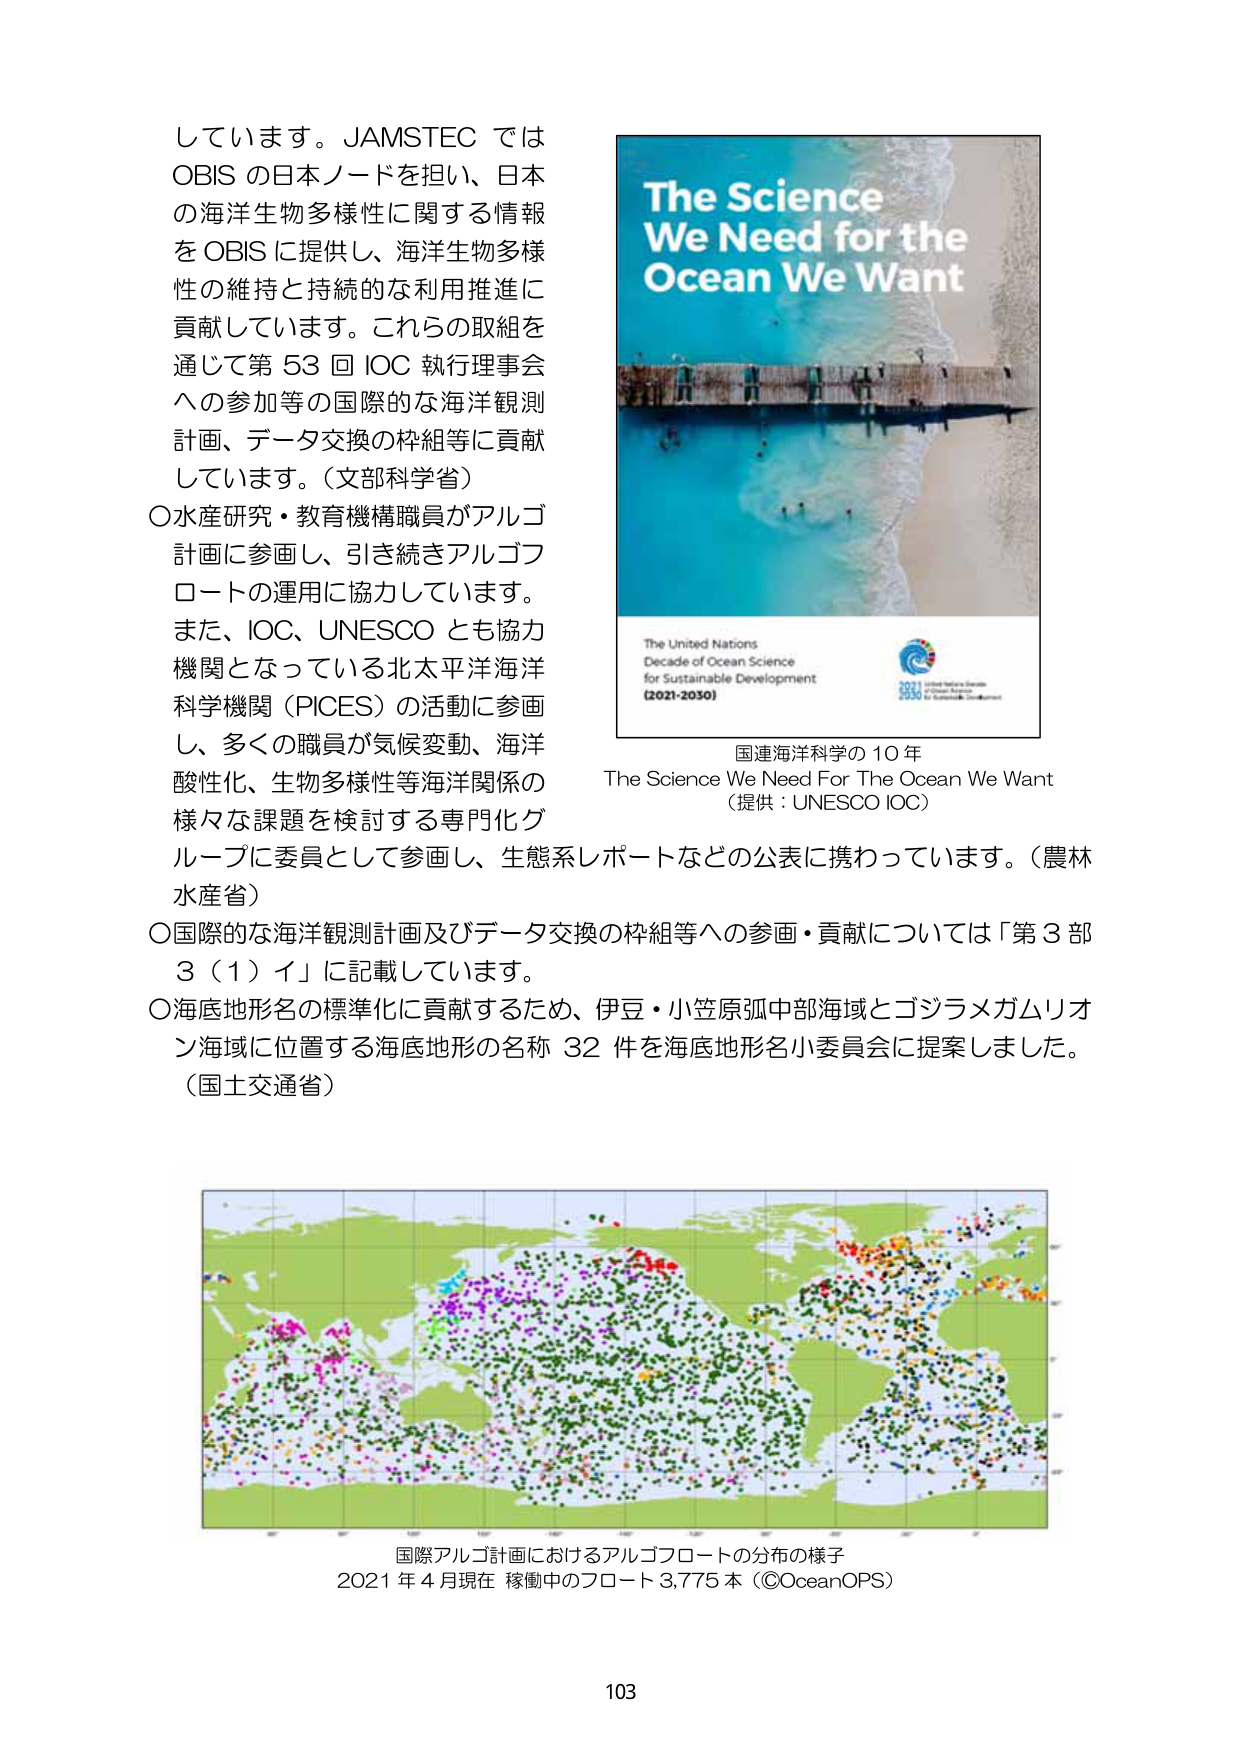
しています。JAMSTEC では
OBIS の日本ノードを担い、日本の海洋生物多様性に関する情報を OBIS に提供し、海洋生物多様性の維持と持続的な利用推進に貢献しています。これらの取組を通じて第 53 回 IOC 執行理事会への参加等の国際的な海洋観測計画、データ交換の枠組等に貢献しています。（文部科学省）

○水産研究・教育機構職員がアルゴ計画に参画し、引き続きアルゴフロートの運用に協力しています。また、IOC、UNESCO とも協力機関となっている北太平洋海洋科学機関（PICES）の活動に参画し、多くの職員が気候変動、海洋酸性化、生物多様性等海洋関係の様々な課題を検討する専門化グループに委員として参画し、生態系レポートなどの公表に携わっています。（農林水産省）

○国際的な海洋観測計画及びデータ交換の枠組等への参画・貢献については「第 3 部 3（1）イ」に記載しています。

○海底地形名の標準化に貢献するため、伊豆・小笠原弧中部海域とゴジラメガムリオン海域に位置する海底地形の名称 32 件を海底地形名小委員会に提案しました。（国土交通省）

The Science
We Need for the
Ocean We Want

The United Nations
Decade of Ocean Science
for Sustainable Development
(2021-2030)

国連海洋科学の 10 年
The Science We Need For The Ocean We Want
（提供：UNESCO IOC）

国際アルゴ計画におけるアルゴフロートの分布の様子
2021 年 4 月現在 稼働中のフロート 3,775 本（©OceanOPS）

103